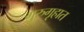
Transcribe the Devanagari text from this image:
गुरुगृहात